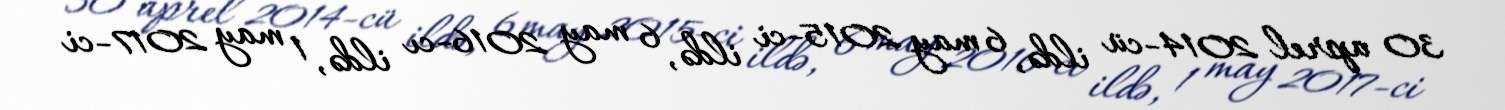
30 aprel 2014-cü ildə, 6 may 2015-ci ildə, 6 may 2016-cı ildə, 1 may 2017-ci